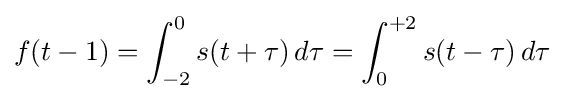
f(t-1)=\int _{-2}^{0}s(t+\tau )\,d\tau =\int _{0}^{+2}s(t-\tau )\,d\tau